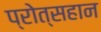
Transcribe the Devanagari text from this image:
प्रोत्सहान